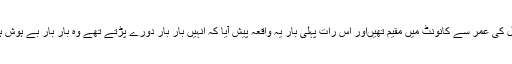
وہ 15 سال کی عمر سے کانونٹ میں مقیم تھیںاور اس رات پہلی بار یہ واقعہ پیش آیا کہ انہیں بار بار دورے پڑتے تھے وہ بار بار بے ہوش ہوتی رہیں۔